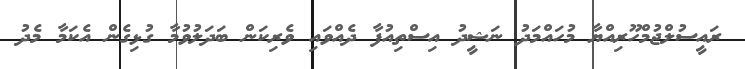
ރައީސުލްޖުމްހޫރިއްޔާ މުހައްމަދު ނަޝީދު އިސްތިއުފާ ދެއްވައި ވެރިކަން ބަދަލުވުމާ ގުޅިގެން އެކަމާ މެދު